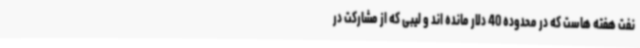
نفت هفته هاست که در محدوده 40 دلار مانده اند و لیبی که از مشارکت در